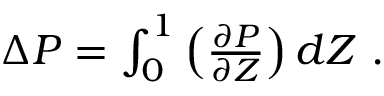
\begin{array} { r } { \Delta P = \int _ { 0 } ^ { 1 } \left( \frac { \partial P } { \partial Z } \right) d Z ~ . } \end{array}